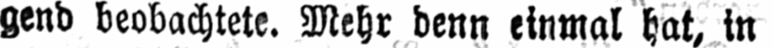
gend beobachtete. Mehr denn einmal hat, in